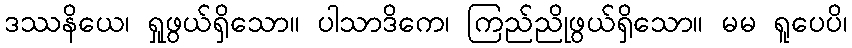
ဒဿနိယေ၊ ရှုဖွယ်ရှိသော။ ပါသာဒိကေ၊ ကြည်ညိုဖွယ်ရှိသော။ မမ ရူပေပိ၊